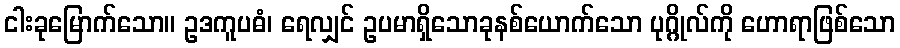
ငါးခုမြောက်သော။ ဥဒကူပဓံ၊ ရေလျှင် ဥပမာရှိသောခုနစ်ယောက်သော ပုဂ္ဂိုလ်ကို ဟောရာဖြစ်သော